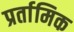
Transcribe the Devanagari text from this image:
प्रर्तामिक